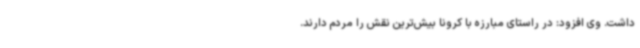
داشت. وی افزود: در راستای مبارزه با کرونا بیش‌ترین نقش را مردم دارند.